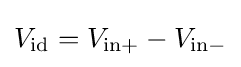
V_{\mathrm {id} }=V_{\mathrm {in+} }-V_{\mathrm {in-} }